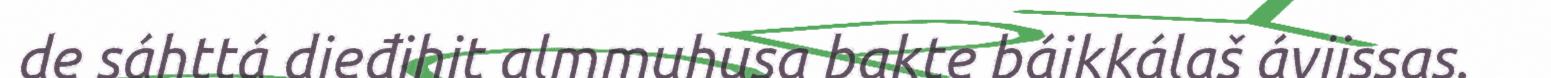
de sáhttá dieđihit almmuhusa bakte báikkálaš áviissas.